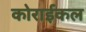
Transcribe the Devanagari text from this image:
कोराईकल